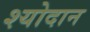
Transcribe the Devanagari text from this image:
श्योदान